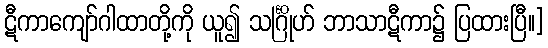
ဋီကာကျော်ဂါထာတို့ကို ယူ၍ သင်္ဂြိုဟ် ဘာသာဋီကာ၌ ပြထားပြီ။]